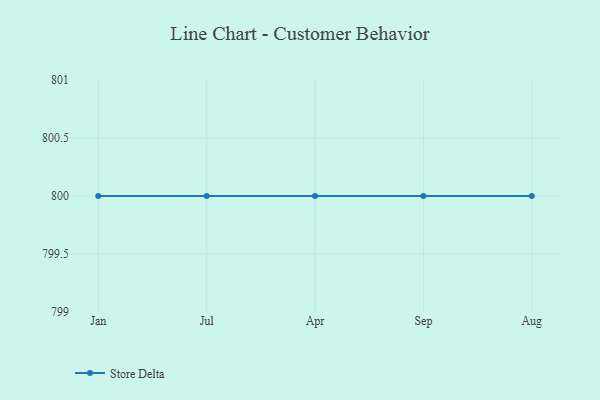
{"axis": {"x": "Month", "y": "Budget (USD K)"}, "legend": ["Store Delta"], "data": [{"x": "Jan", "y": 800, "type": "Store Delta"}, {"x": "Jul", "y": 800, "type": "Store Delta"}, {"x": "Apr", "y": 800, "type": "Store Delta"}, {"x": "Sep", "y": 800, "type": "Store Delta"}, {"x": "Aug", "y": 800, "type": "Store Delta"}]}